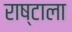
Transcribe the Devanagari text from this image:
राष्टाला